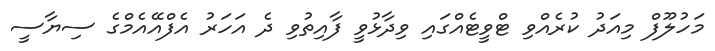
މަހުލޫފް މިއަދު ކުރެއްވި ޓްވީޓެއްގައި ވިދާޅުވީ ފާއިތުވި ދެ އަހަރު އެފްއޭއެމްގެ ސިޔާސީ